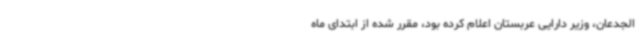
الجدعان، وزیر دارایی عربستان اعلام کرده بود، مقرر شده از ابتدای ماه